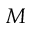
M